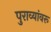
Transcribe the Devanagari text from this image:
पुराव्यांवरू